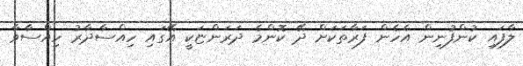
ލާފައި ކުންފުނިން އެހެން ފަރާތަކަށް ދޭ ކޮންމެ ދަރަންޏަކީ އޭގައި ހިއްސާދާރު ހިއްސާވާ